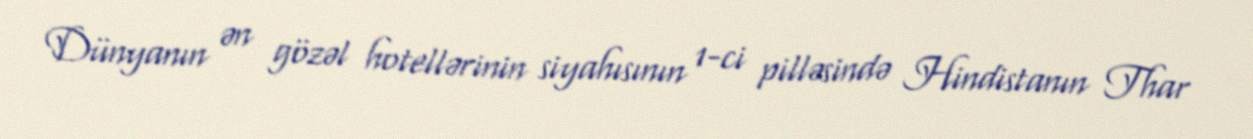
Dünyanın ən gözəl hotellərinin siyahısının 1-ci pilləsində Hindistanın Thar